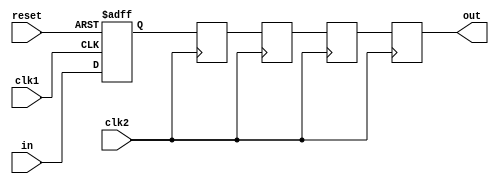
module four_flop_synchronizer (
    input wire clk1, // input clock signal from domain 1
    input wire clk2, // input clock signal from domain 2
    input wire reset, // asynchronous reset signal
    
    input wire in, // input signal to be synchronized
    output reg out // synchronized output signal
);

reg [3:0] flop [0:3]; // array of four flip-flops

always @(posedge clk1 or posedge reset) begin
    if (reset)
        flop[0] <= 1'b0; // reset the first flip-flop
    else
        flop[0] <= in; // capture input signal on rising edge of clk1
end

always @(posedge clk2) begin
    flop[1] <= flop[0]; // capture signal from previous flip-flop on rising edge of clk2
    flop[2] <= flop[1]; // capture signal from previous flip-flop on rising edge of clk2
    flop[3] <= flop[2]; // capture signal from previous flip-flop on rising edge of clk2
    
    out <= flop[3]; // output synchronized signal from the last flip-flop
end

endmodule